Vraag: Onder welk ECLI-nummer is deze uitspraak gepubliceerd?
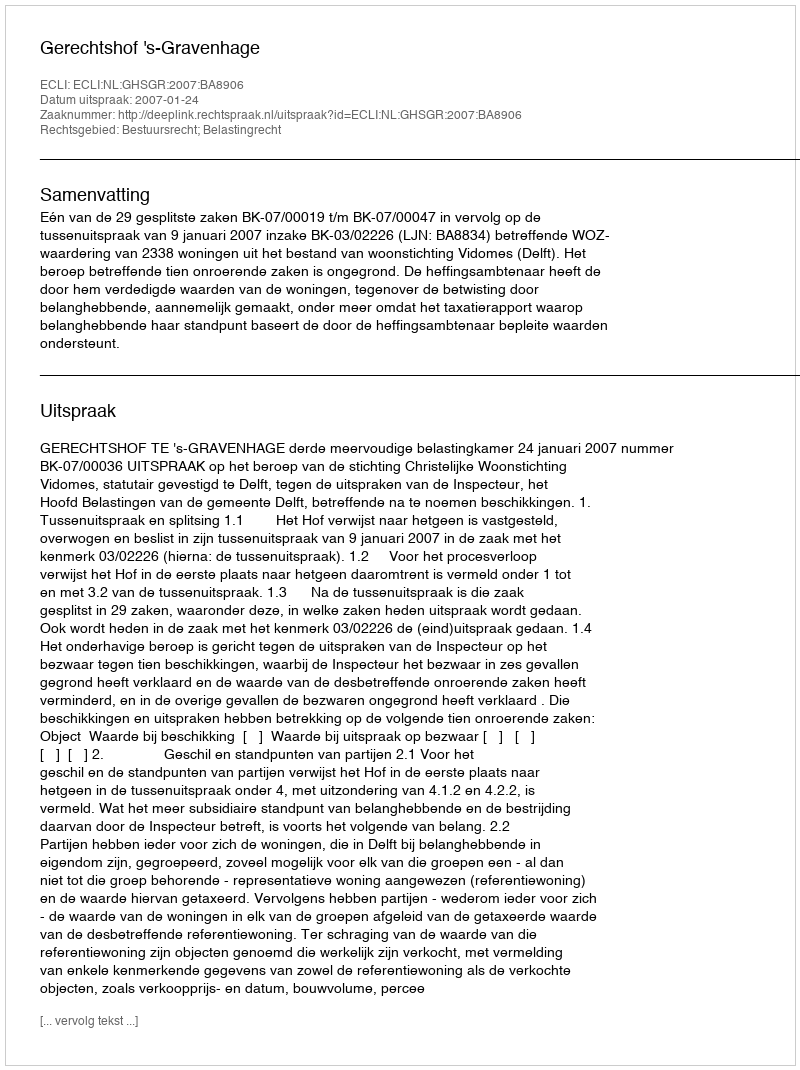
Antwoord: ECLI:NL:GHSGR:2007:BA8906